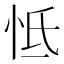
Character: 怟